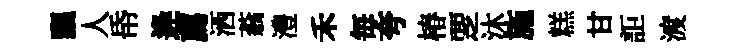
飄人帋逄薦洒蓊澧禾毎夸椿覂沐施糕甘詎渡